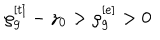
LaTeX: \rho _ { g } ^ { [ t ] } - z _ { 0 } > \rho _ { g } ^ { [ e ] } > 0